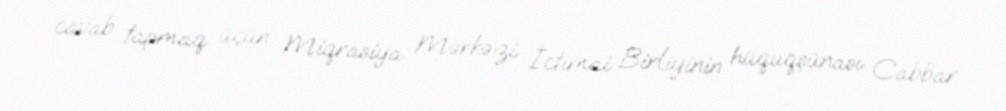
cavab tapmaq üçün Miqrasiya Mərkəzi İctimai Birliyinin hüquqşünası Cabbar